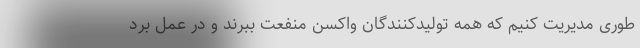
طوری مدیریت کنیم که همه تولیدکنندگان واکسن منفعت ببرند و در عمل برد